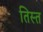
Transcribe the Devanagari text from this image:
तिस्‍त